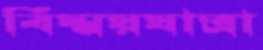
বিস্ময়যাত্রা